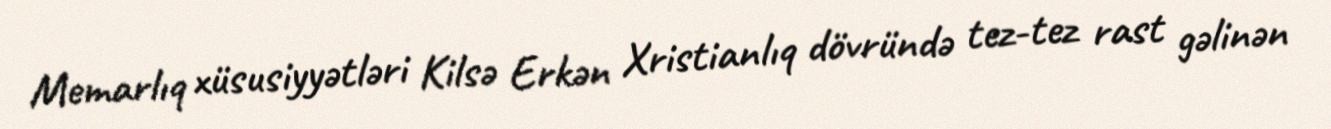
Memarlıq xüsusiyyətləri Kilsə Erkən Xristianlıq dövründə tez-tez rast gəlinən